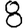
Digit: 8